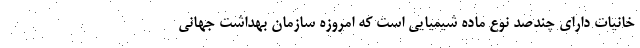
خانیات دارای چندصد نوع ماده شیمیایی است که امروزه سازمان بهداشت جهانی